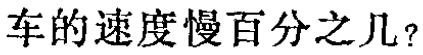
车的速度慢百分之几？